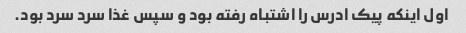
اول اینکه پیک ادرس را اشتباه رفته بود و سپس غذا سرد سرد بود.